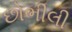
છોભીલી